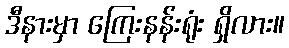
ဒီနားမှာ ကြေးနန်းရုံး ရှိလား။